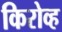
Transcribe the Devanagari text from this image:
किरोव्ह